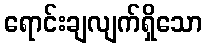
ရောင်းချလျက်ရှိသော